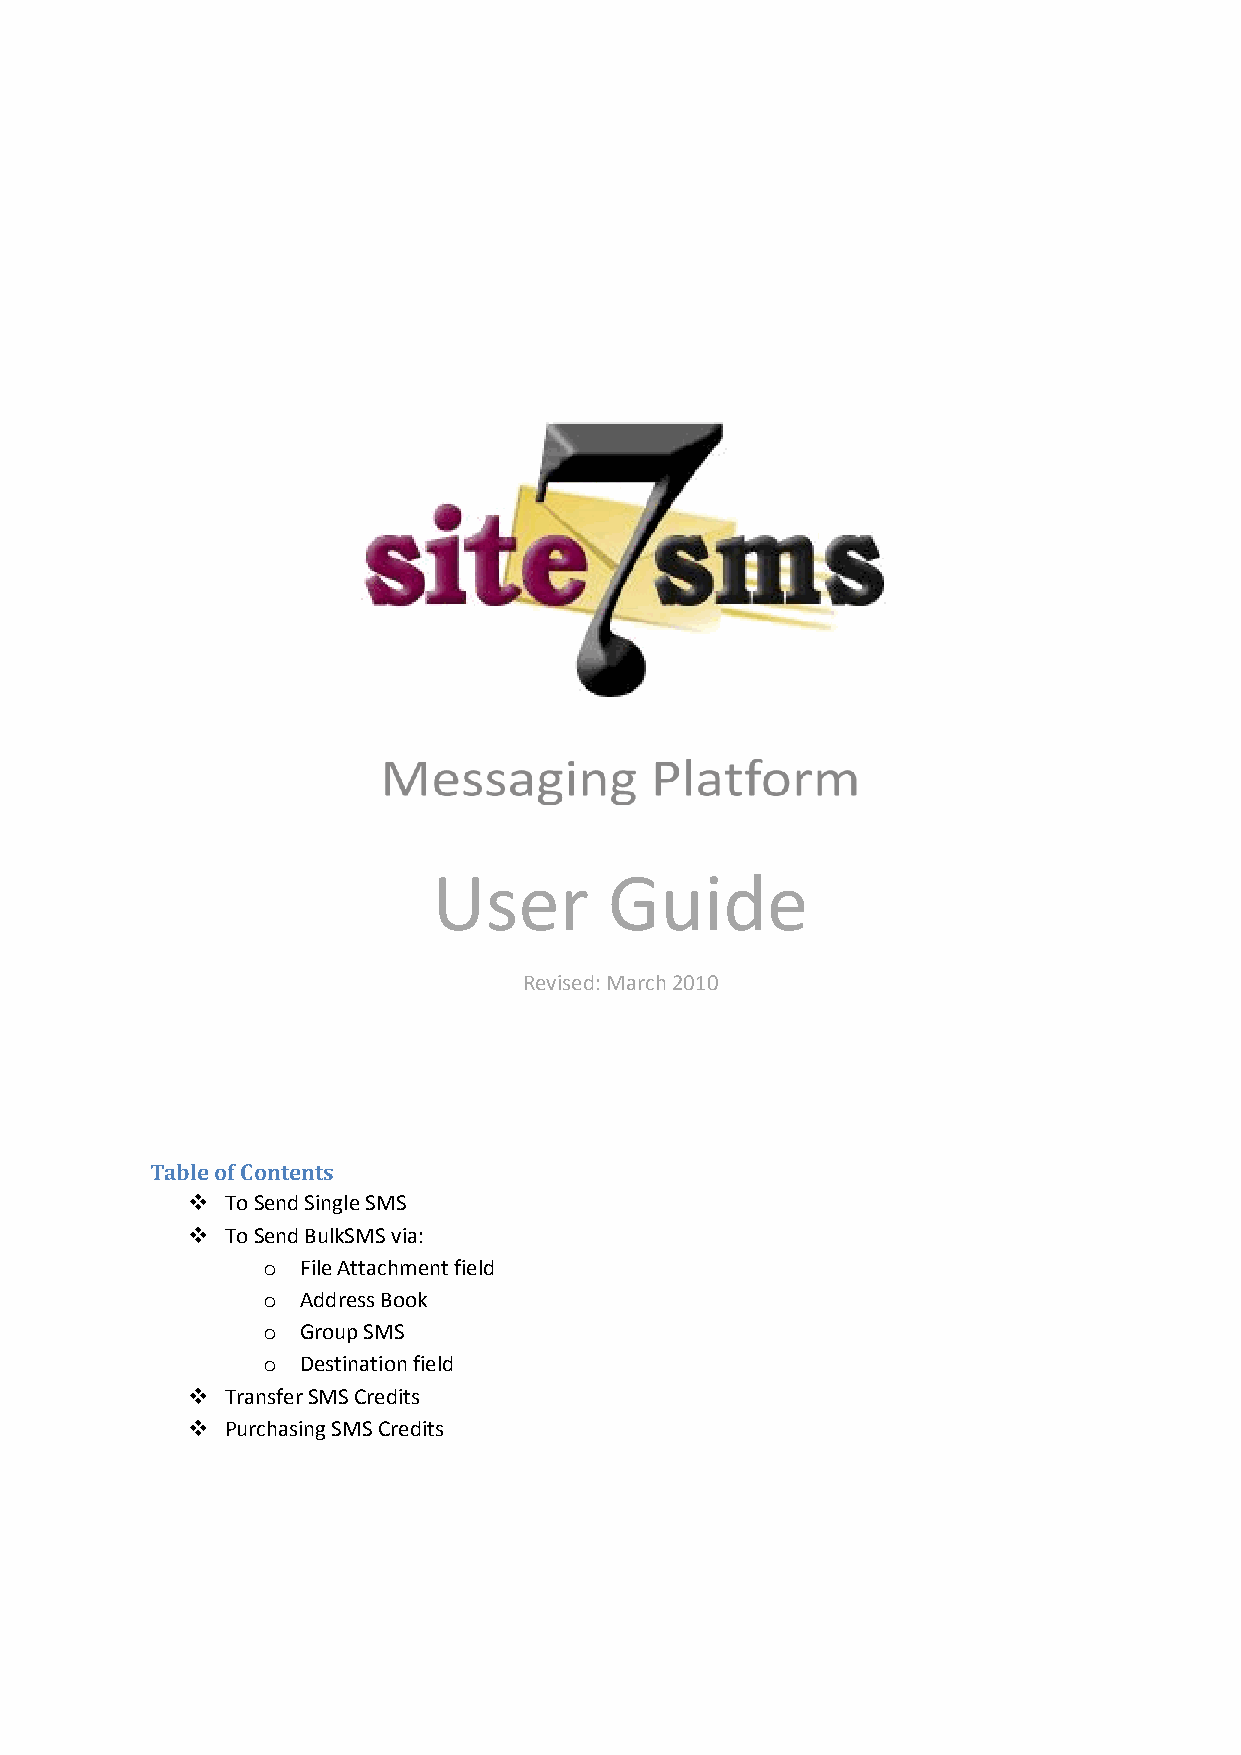
User       Guide
 Revised: March 2010
 Table of Contents
   To Send Single SMS
   To Send BulkSMS via:
 o  File Attachment field
 o  Address Book
 o  Group SMS
 o  Destination field
   Transfer SMS Credits
   Purchasing SMS Credits